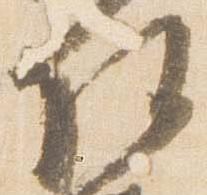
任